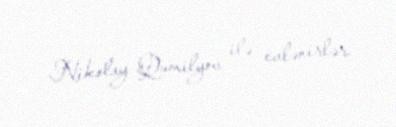
Nikolay Qumilyov ilə evlənirlər.